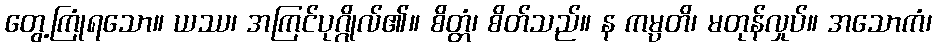
တွေ့ကြုံရသော။ ယဿ၊ အကြင်ပုဂ္ဂိုလ်၏။ စိတ္တံ၊ စိတ်သည်။ န ကမ္ပတိ၊ မတုန်လှုပ်။ အသောကံ၊